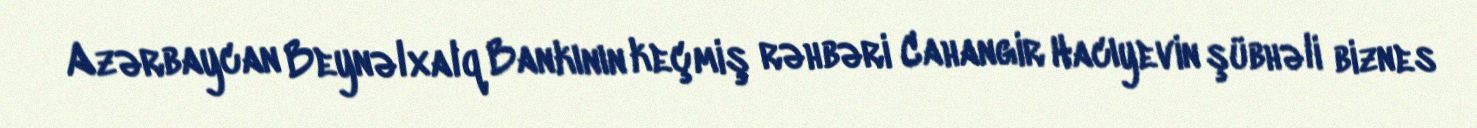
Azərbaycan Beynəlxalq Bankının keçmiş rəhbəri Cahangir Hacıyevin şübhəli biznes